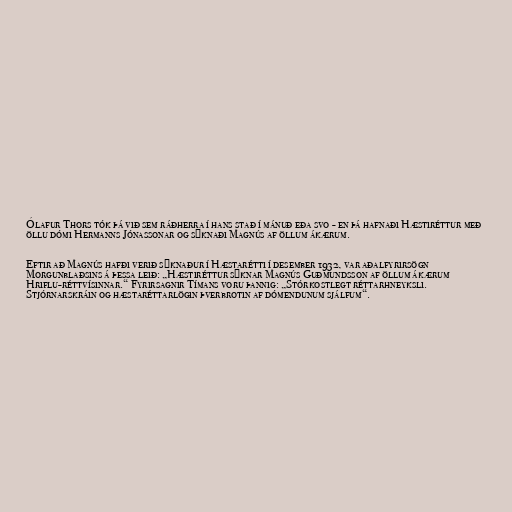
Ólafur Thors tók þá við sem ráðherra í hans stað í mánuð eða svo - en þá hafnaði Hæstiréttur með
öllu dómi Hermanns Jónassonar og sýknaði Magnús af öllum ákærum.

Eftir að Magnús hafði verið sýknaður í Hæstarétti í desember 1932, var aðalfyrirsögn
Morgunblaðsins á þessa leið: „Hæstiréttur sýknar Magnús Guðmundsson af öllum ákærum
Hriflu-réttvísinnar.“ Fyrirsagnir Tímans voru þannig: „Stórkostlegt réttarhneyksli.
Stjórnarskráin og hæstaréttarlögin þverbrotin af dómendunum sjálfum“.